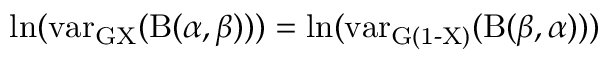
\ln ( \operatorname { v a r _ { G X } } ( \mathrm { B } ( \alpha , \beta ) ) ) = \ln ( \operatorname { v a r _ { G ( 1 - X ) } } ( \mathrm { B } ( \beta , \alpha ) ) )